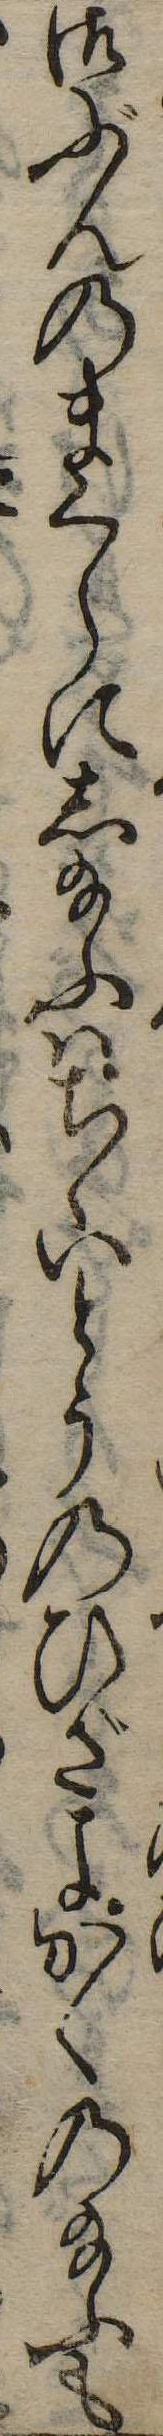
御ぶんのまくらにし給ふはちゝいとうのひざよかくの給ふも